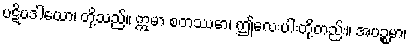
ပဋိပဒါယော၊ တို့သည်။ ဣမာ စတဿော၊ ဤလေးပါးတို့တည်း။ အပဉ္စမာ၊